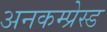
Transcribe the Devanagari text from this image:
अनकम्प्रेस्ड